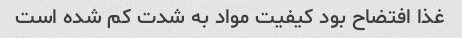
غذا افتضاح بود کیفیت مواد به شدت کم شده است